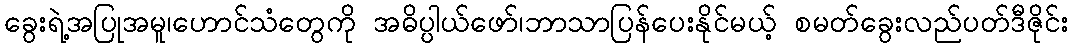
ခွေးရဲ့အပြုအမူ၊ဟောင်သံတွေကို အဓိပ္ပါယ်ဖော်၊ဘာသာပြန်ပေးနိုင်မယ့် စမတ်ခွေးလည်ပတ်ဒီဇိုင်း